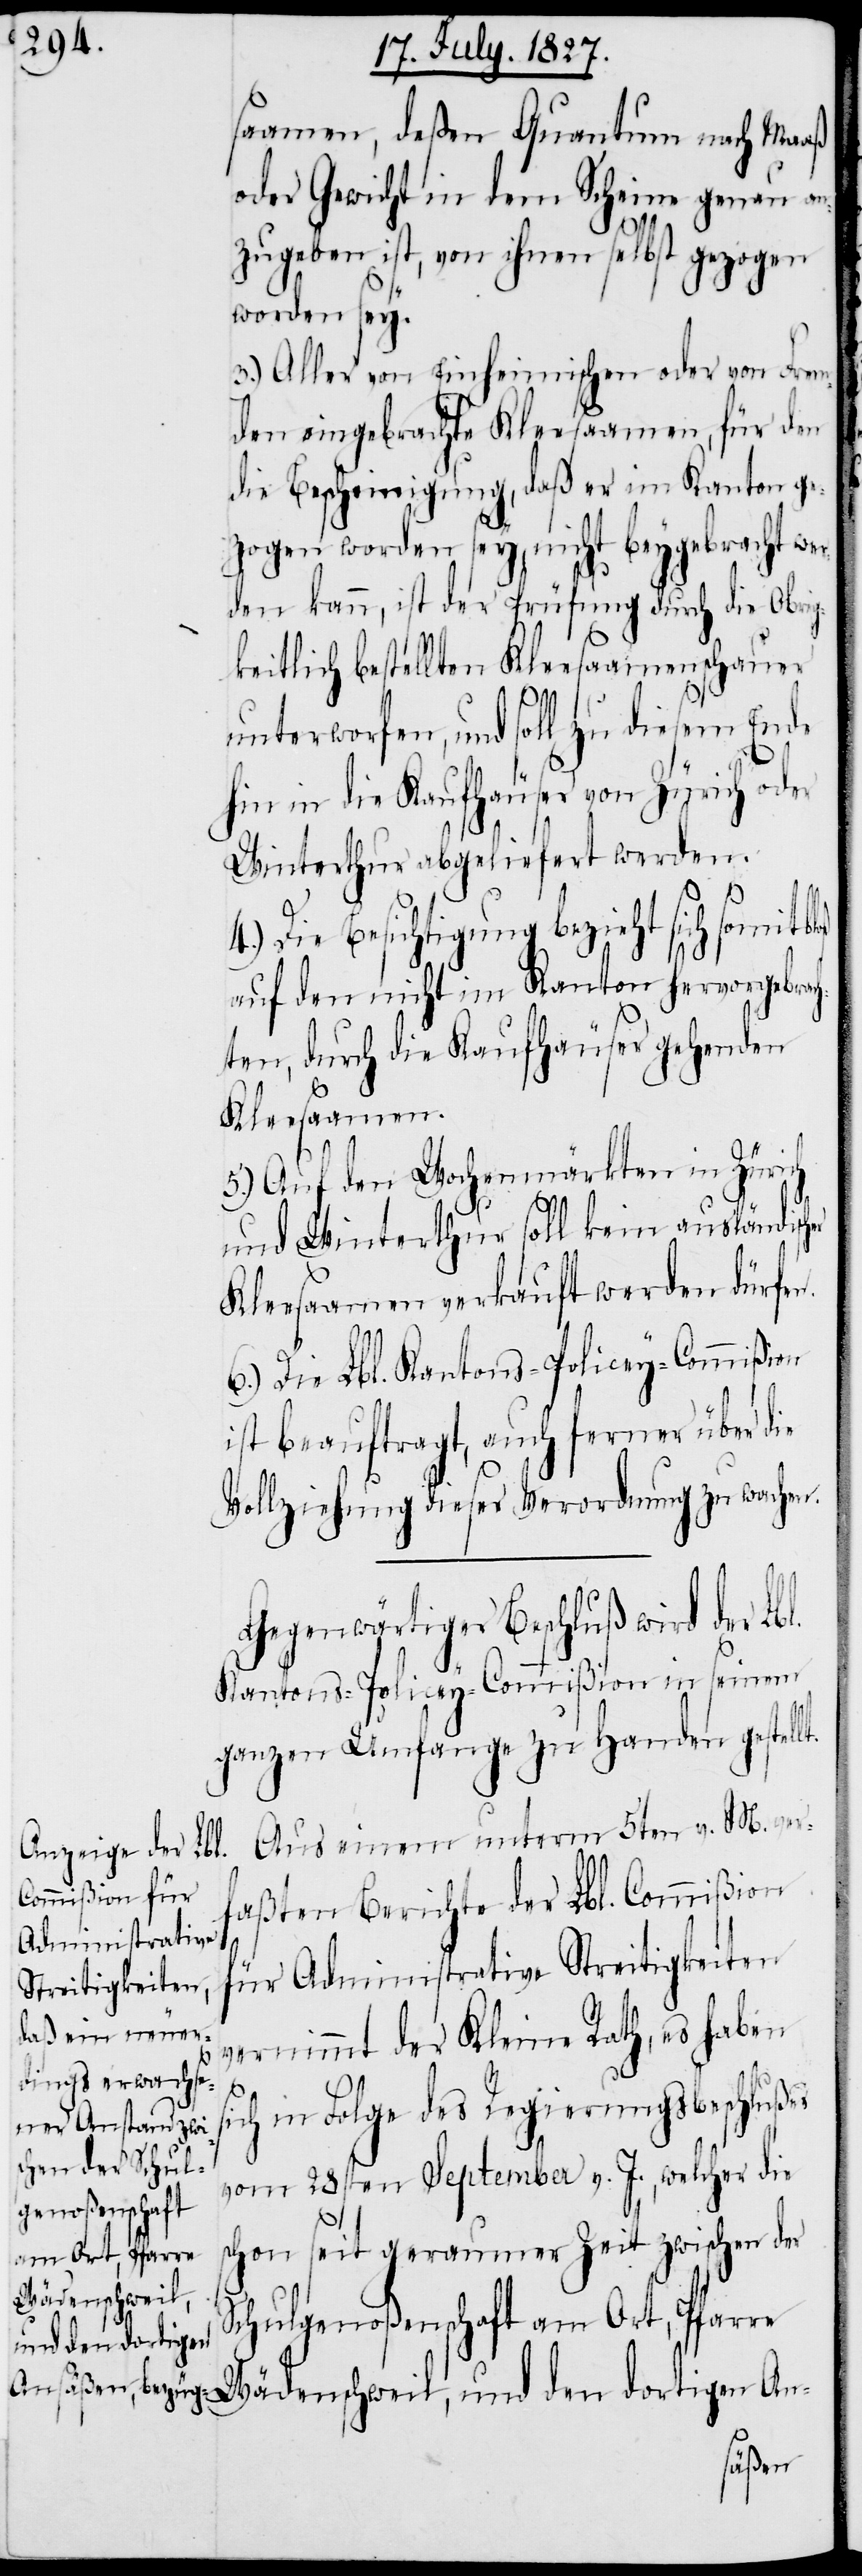
saamen, deßen Quantum nach Maaß
oder Gewicht in dem Scheine genau an¬
zugeben ist, von ihnen selbst gezogen
worden sey.
3.) Aller von Einheimischen oder von Frem¬
den eingebrachte Kleesaamen, für den
die Bescheinigung, daß er im Kanton ge¬
zogen worden sey, nicht beygebracht wer¬
den kann, ist der Prüfung durch die Obrig¬
keitlich bestellten Kleesaamenschauer
unterworfen, und soll zu diesem Ende
hin in die Kaufhäuser von Zürich oder
Winterthur abgeliefert werden.
4.) Die Besichtigung bezieht sich somit
auf den nicht im Kanton hervorgebrac¬
hten, durch die Kaufhäuser gehenden
Kleesaamen.
5.) Auf den Wochenmärkten in Zürich
und Winterthur soll kein ausländis¬
Kleesaamen verkauft werden dürfen.
6.) Die Lbl. Kantons-Policey-Commißion
ist beauftragt, auch ferner über die
Vollziehung dieser Verordnung zu wachen.
Gegenwärtiger Beschluß wird der Lb¬
Kantons-Policey-Commißion in seinem
ganzen Umfange zu Handen gestell¬
Aus einem unterm 5ten v. M. ver¬
faßten Berichte der Lbl. Commißion
für Administrative Streitigkeiten
vernimmt der Kleine Rath, es haben
s¬
ich in Folge des Regierungsbeschlußes
vom 28sten September v. J., welcher die
chon seit geraumer Zeit zwischen der
Wädenschweil,
Schulgenoßenschaft am Ort, Pfarre
und den dortigen